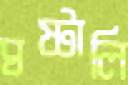
ঘষ্‌টালি